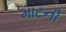
માટની